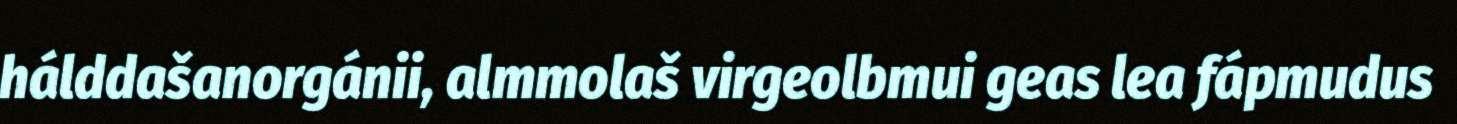
hálddašanorgánii, almmolaš virgeolbmui geas lea fápmudus